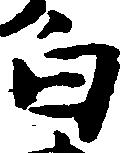
白